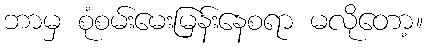
ဘာမှ စုံစမ်းမေးမြန်းနေစရာ မလိုတော့။